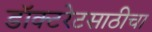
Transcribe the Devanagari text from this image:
डॉक्टरेटसाठीचा